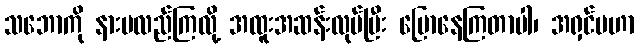
သဘောကို နားမလည်ကြလို့ အထူးအဆန်းလုပ်ပြီး ပြောနေကြတာပါ၊ အရှင်မဟာ